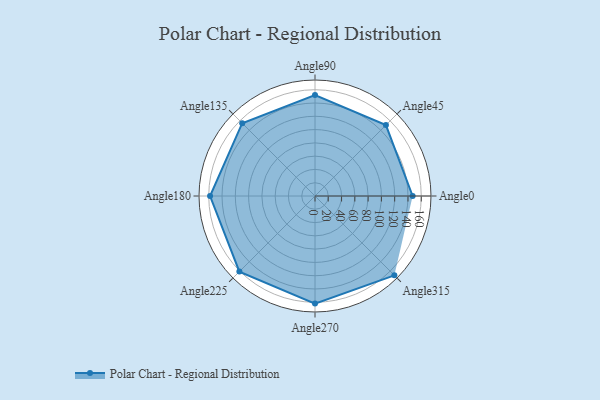
{"axis": {"x": "Angle", "y": "Radius"}, "legend": [""], "data": [{"x": "Angle0", "y": 147.0, "type": ""}, {"x": "Angle45", "y": 151.0, "type": ""}, {"x": "Angle90", "y": 152.0, "type": ""}, {"x": "Angle135", "y": 155.0, "type": ""}, {"x": "Angle180", "y": 158.0, "type": ""}, {"x": "Angle225", "y": 161.0, "type": ""}, {"x": "Angle270", "y": 162.0, "type": ""}, {"x": "Angle315", "y": 169.0, "type": ""}]}